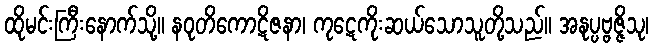
ထိုမင်းကြီးနောက်သို့။ နဝုတိကောဋိဇနာ၊ ကုဋေကိုးဆယ်သောသူတို့သည်။ အနုပ္ပဗ္ဗဇ္ဇိသု၊